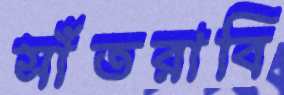
সাঁতরাবি